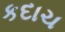
કદાચ